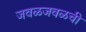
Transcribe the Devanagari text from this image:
जवळजवळची